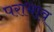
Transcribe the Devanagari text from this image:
पराभाव